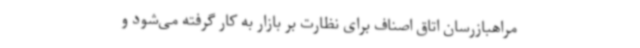
مراهبازرسان اتاق اصناف برای نظارت بر بازار به کار گرفته می‌شود و